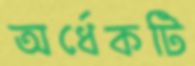
অর্ধেকটি